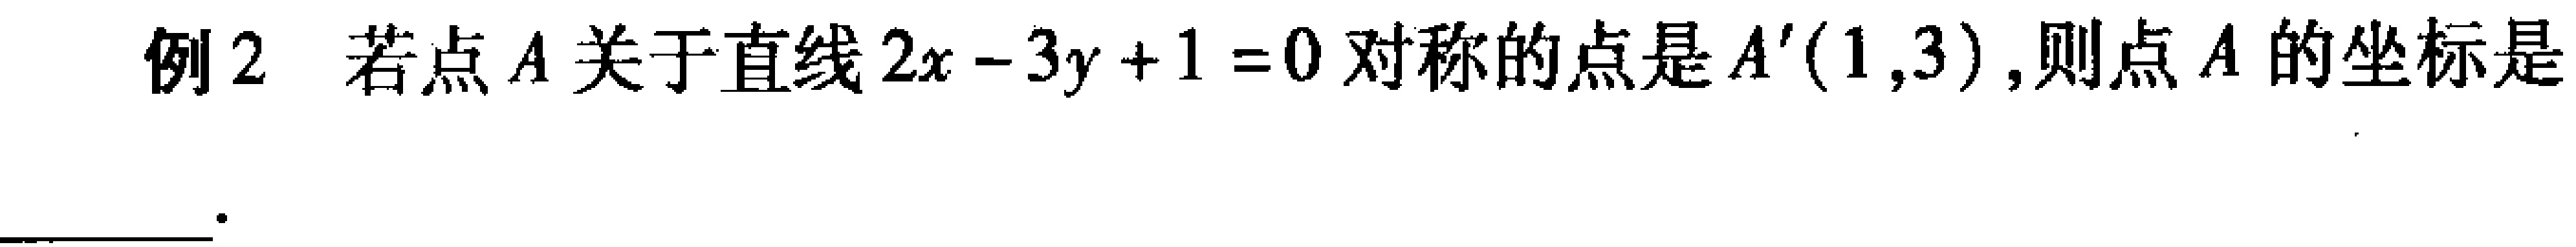
例2 若点\(A\)关于直线\(2x - 3y + 1 = 0\)对称的点是\(A'(1,3)\),则点\(A\)的坐标是___.